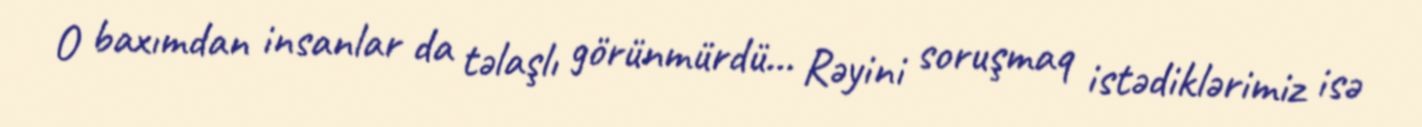
O baxımdan insanlar da təlaşlı görünmürdü... Rəyini soruşmaq istədiklərimiz isə